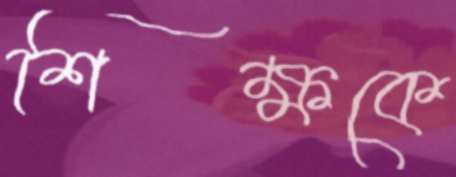
শিক্ষকে